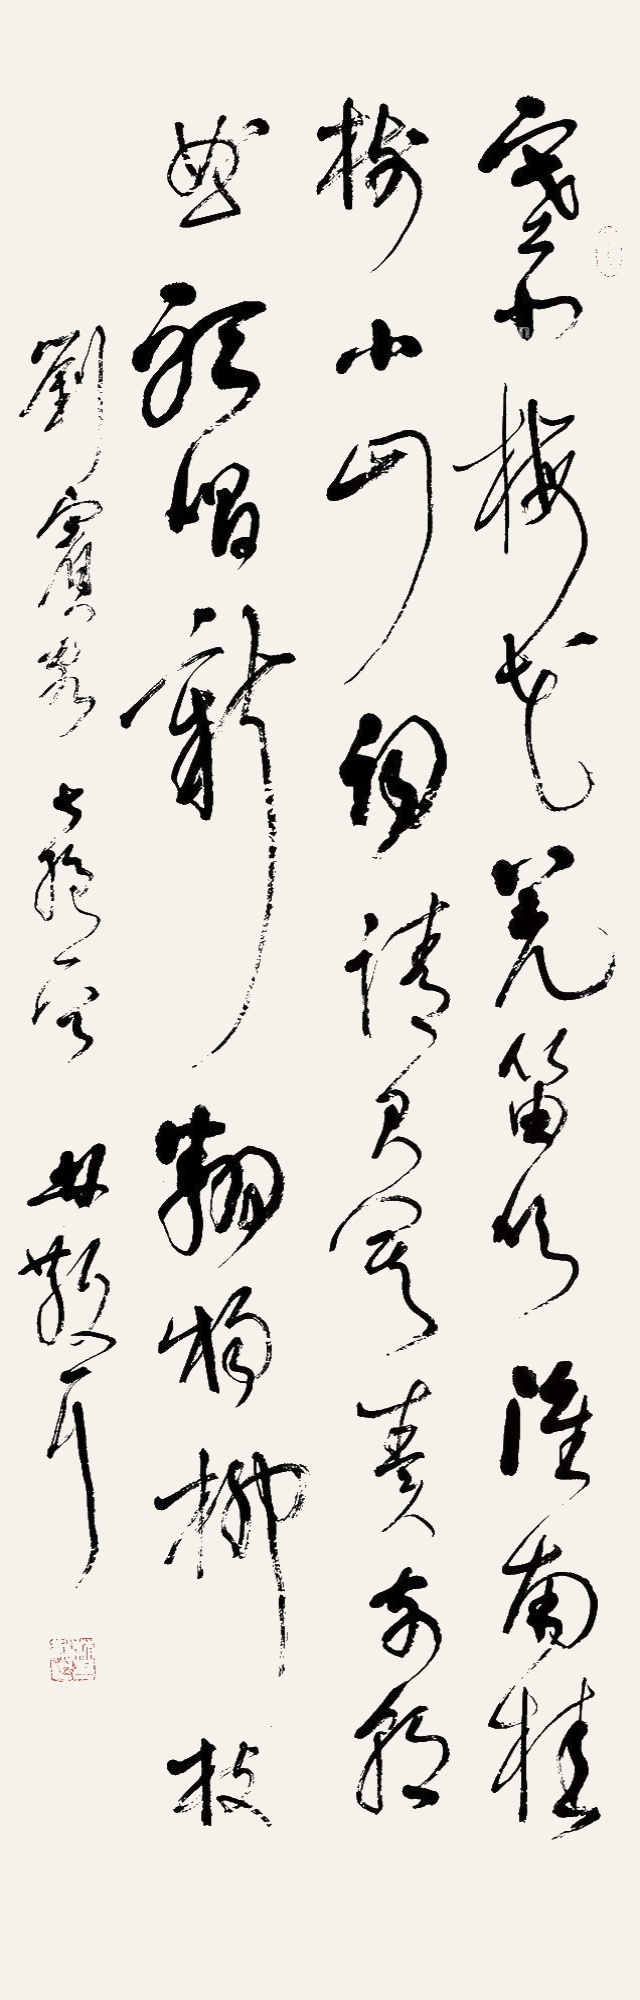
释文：塞北梅花羌笛吹，淮南桂树小山词。请君莫奏前朝曲，听唱新翻杨柳枝。刘宾客七绝一首。林散耳。